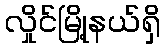
လှိုင်မြို့နယ်ရှိ